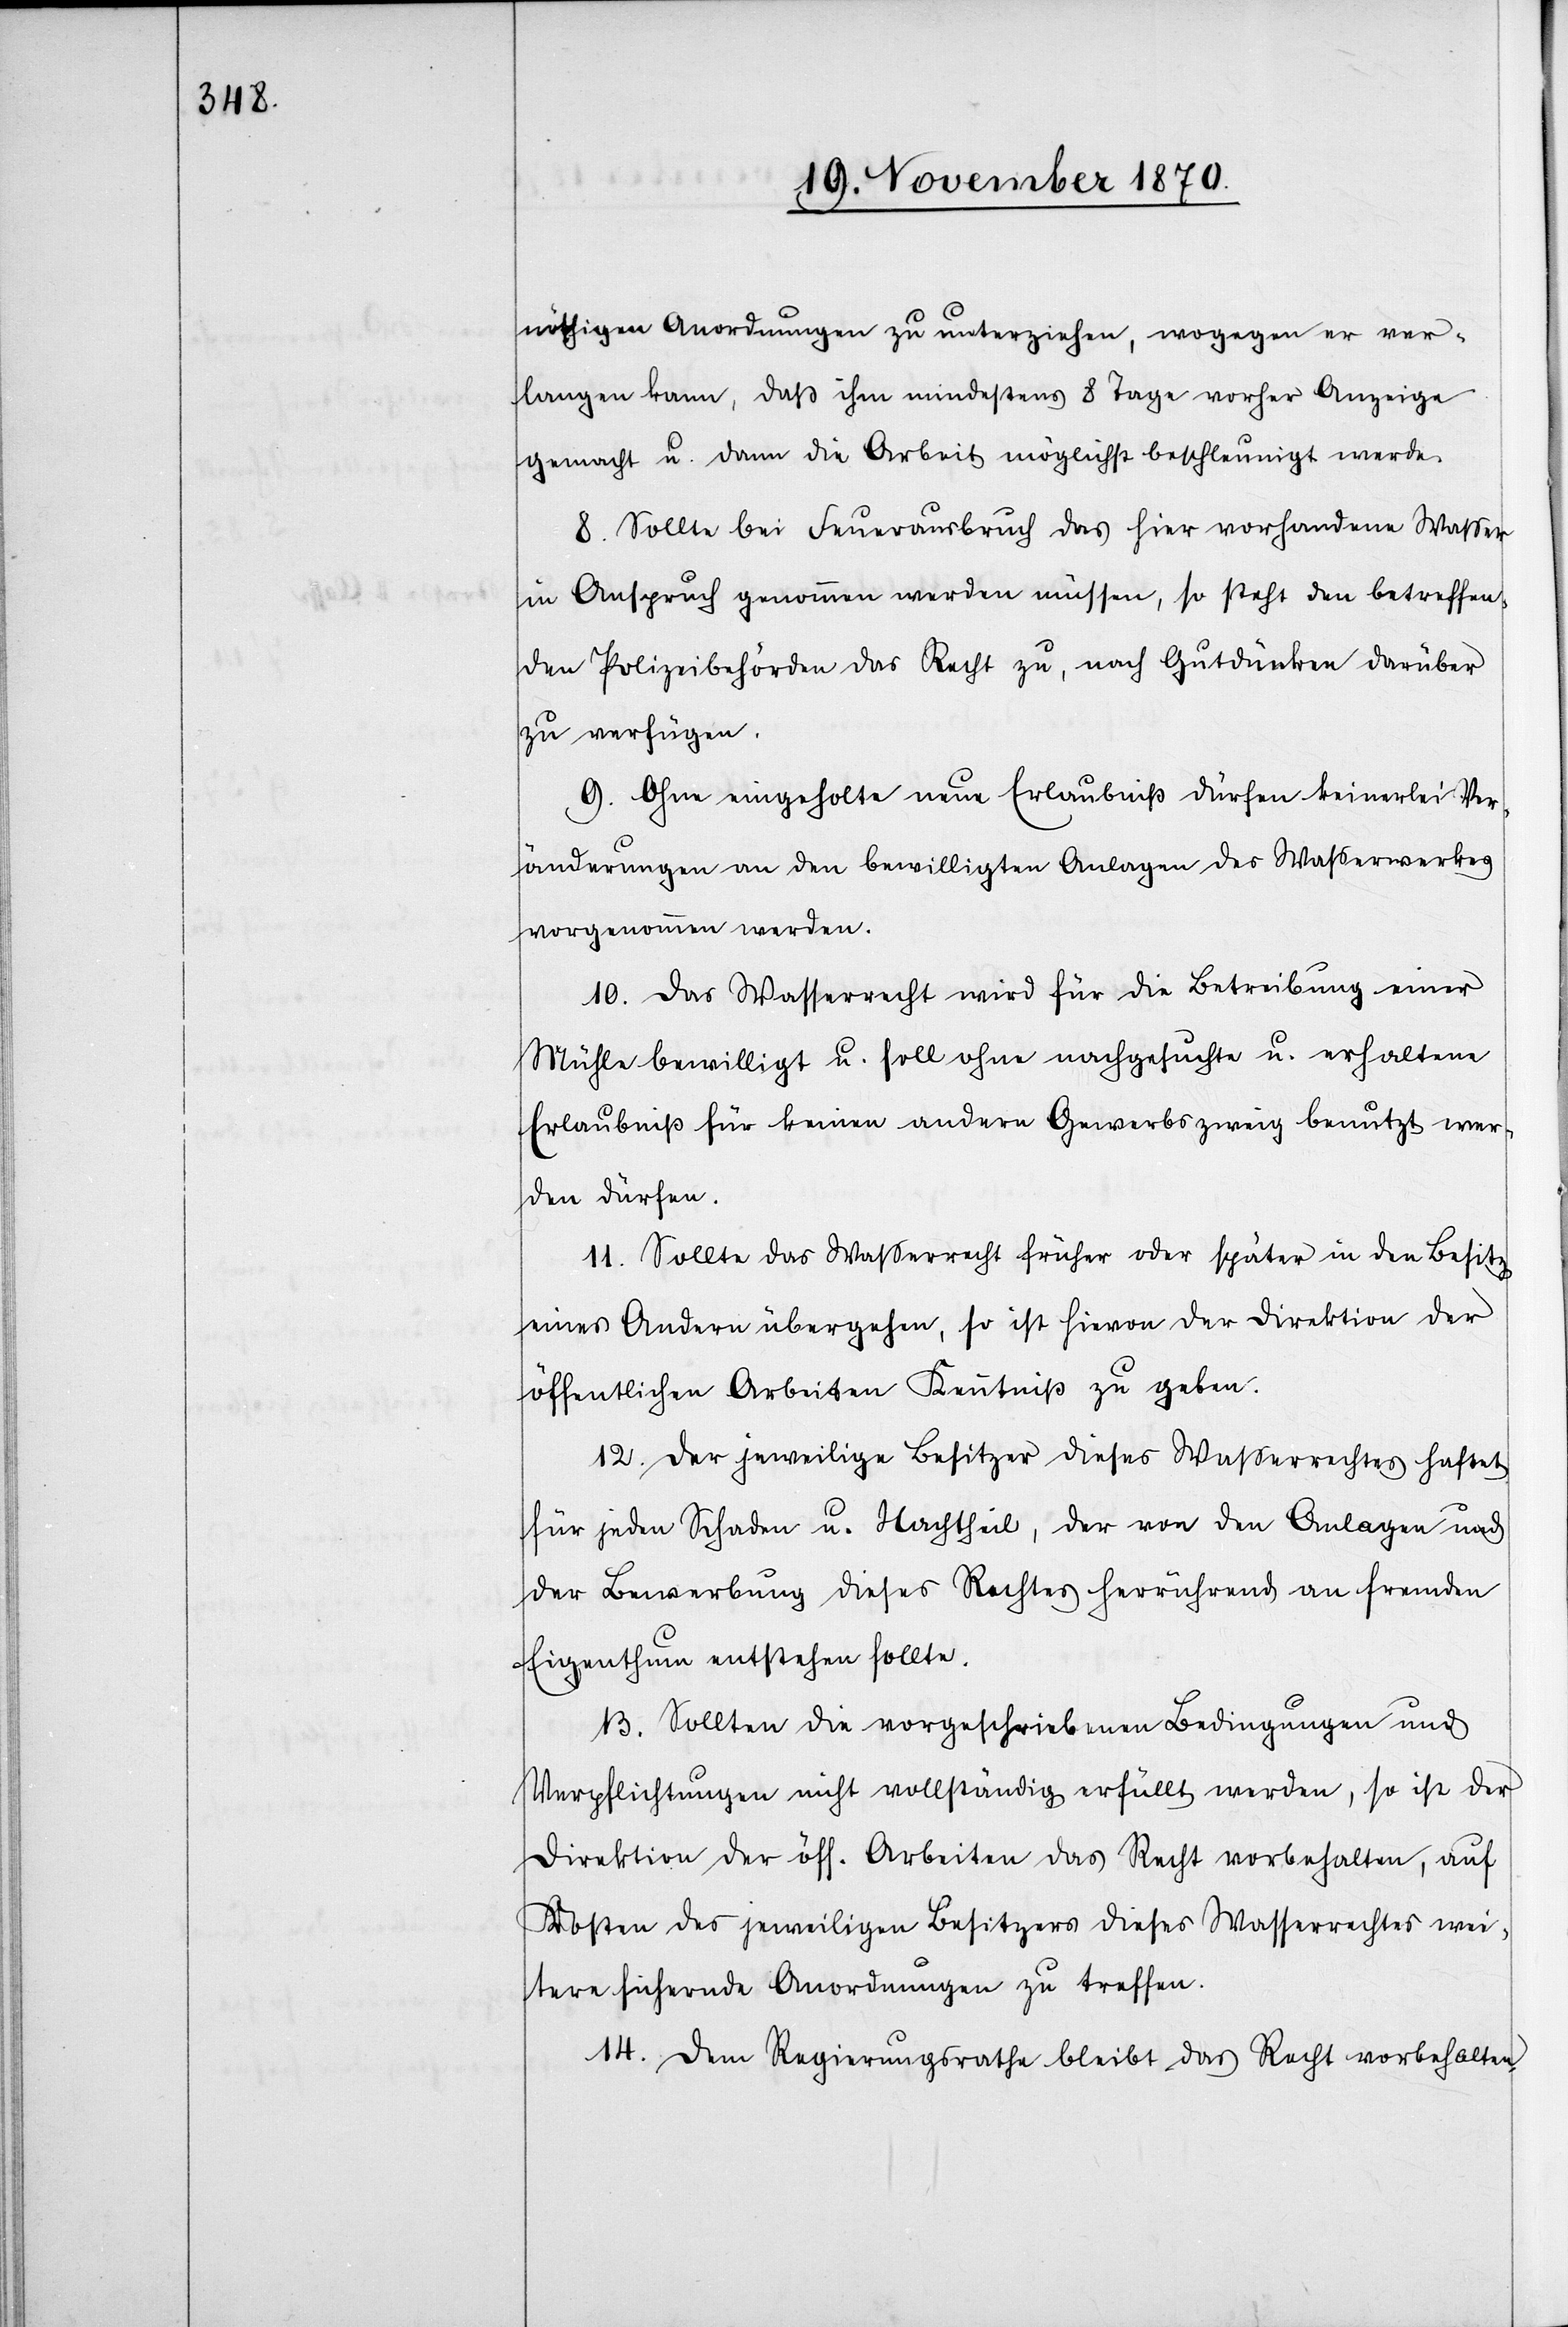
nöthigen Anordnungen zu unterziehen, wogegen er ver¬
langen kann, daß ihm mindestens 8 Tage vorher Anzeige
gemacht u. dann die Arbeit möglichst beschleunigt werde.
8. Sollte bei Feuerausbruch das hier vorhandene Waßer
in Anspruch genommen werden müssen, so steht den betreffen¬
den Polizeibehörden das Recht zu, nach Gutdünken darüber
zu verfügen.
9. Ohne eingeholte neue Erlaubniß dürfen keinerlei Ver¬
änderungen an den bewilligten Anlagen des Waßerwerkes
vorgenommen werden.
10. Das Wasserrecht wird für die Betreibung einer
Mühle bewilligt u. soll ohne nachgesuchte u. erhaltene
Erlaubniß für keinen andern Gewerbszweig benutzt wer¬
den dürfen.
11. Sollte das Waßerrecht früher oder später in den Besitz
eines Andern übergehen, so ist hievon der Direktion der
öffentlichen Arbeiten Kenntniß zu geben.
12. Der jeweilige Besitzer dieses Wasserrechtes haftet
für jeden Schaden u. Nachtheil, der von den Anlagen und
der Bewerbung dieses Rechtes herrührend an fremden
Eigenthum entstehen sollte.
13. Sollten die vorgeschriebenen Bedingungen und
Verpflichtungen nicht vollständig erfüllt werden, so ist der
Direktion der öff. Arbeiten das Recht vorbehalten, auf
Kosten des jeweiligen Besitzers dieses Wasserrechtes wei¬
tere sichernde Anordnungen zu treffen.
14. Dem Regierungsrathe bleibt das Recht vorbehalten,